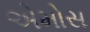
એમોસ